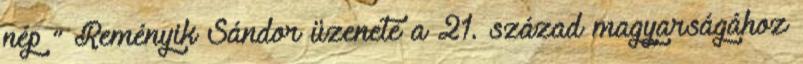
nép ” Reményik Sándor üzenete a 21. század magyarságához